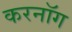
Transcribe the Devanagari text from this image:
करनॉग